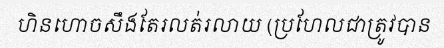
ហិនហោចសឹងតែរលត់រលាយ (ប្រហែលជាត្រូវបាន